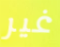
غير